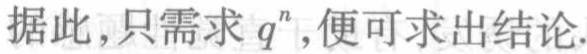
据此,只需求 \(q^{n}\),便可求出结论.